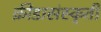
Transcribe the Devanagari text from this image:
क्रीडासंस्कृती